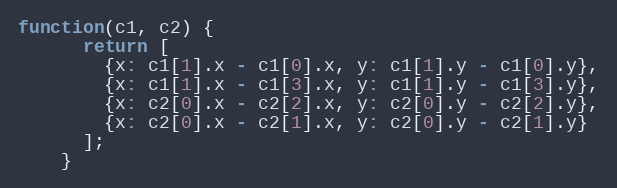
Language: JavaScript
function(c1, c2) {
      return [
        {x: c1[1].x - c1[0].x, y: c1[1].y - c1[0].y},
        {x: c1[1].x - c1[3].x, y: c1[1].y - c1[3].y},
        {x: c2[0].x - c2[2].x, y: c2[0].y - c2[2].y},
        {x: c2[0].x - c2[1].x, y: c2[0].y - c2[1].y}
      ];
    }